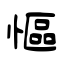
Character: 慪